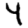
Digit: 4